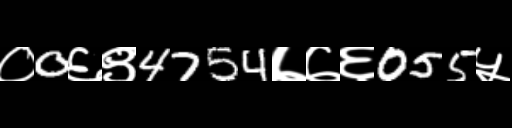
Text: ०0६९4754७७६055५